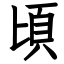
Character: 頃